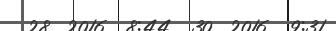
28